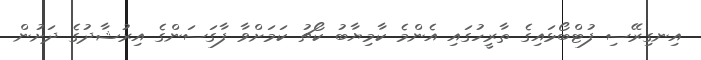
އިނގިރޭސި ފުޓްބޯޅައިގެ ތާރީހުގައި އެންމެ ކާމިޔާބު ކޯޗު ކަމަށްވާ ފާގަސަންގެ އިރުޝާދުގެ ދަށުން